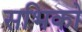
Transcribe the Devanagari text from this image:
सभिको